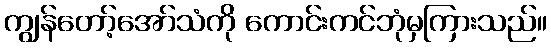
ကျွန်တော့်အော်သံကို ကောင်းကင်ဘုံမှကြားသည်။